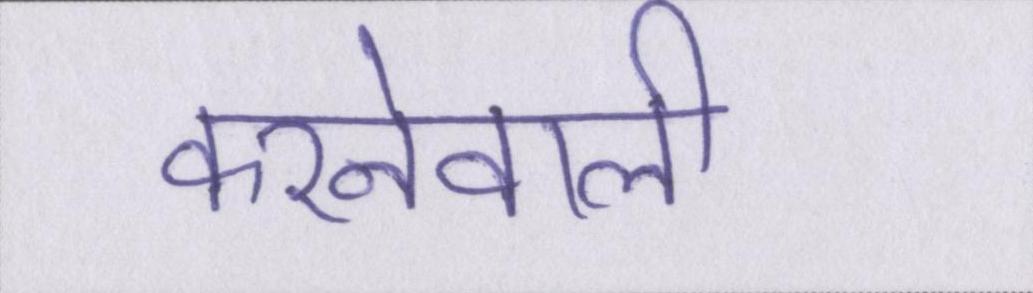
करनेवाली